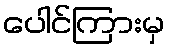
ပေါင်ကြားမှ